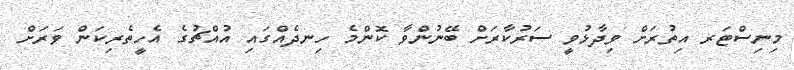
މިނިސްޓަރ އިތުރަށް ވިދާޅުވީ ސަރުކާރަށް ބޭނުންވާ ކޮންމެ ހިނދެއްގައި އުއްޗުގެ އެހީތެރިކަން ވަރަށް